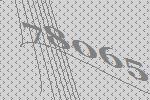
78065